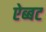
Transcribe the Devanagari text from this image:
ऐब्बट